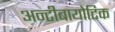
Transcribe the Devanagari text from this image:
अन्टीबायोटिक